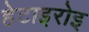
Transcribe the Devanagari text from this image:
हेटाइरोइ